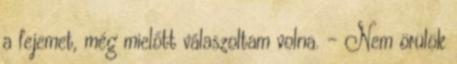
a fejemet, még mielőtt válaszoltam volna. - Nem örülök